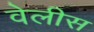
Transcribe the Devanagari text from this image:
वेलीस